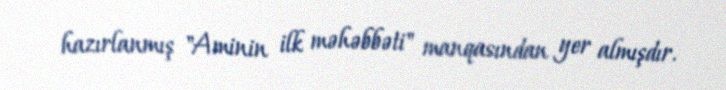
hazırlanmış "Aminin ilk məhəbbəti" manqasından yer almışdır.